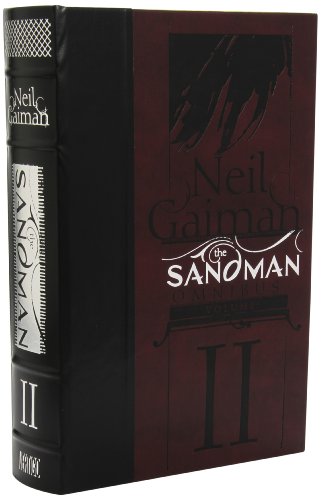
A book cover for The Sandman Omnibus Vol. 2; Neil Gaiman; Comics & Graphic Novels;